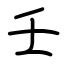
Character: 壬